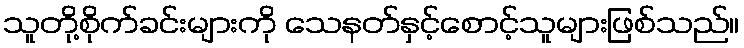
သူတို့စိုက်ခင်းများကို သေနတ်နှင့်စောင့်သူများဖြစ်သည်။